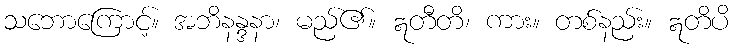
သဘောကြောင့်။ အဘိနန္ဒနာ၊ မည်၏။ ဣတီတိ၊ ကား။ တစ်နည်း။ ဣတိပိ